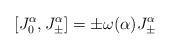
LaTeX: \begin{align*}[J_0^{\alpha}, J_\pm^{\alpha}] = \pm\omega(\alpha) J_\pm^\alpha\end{align*}